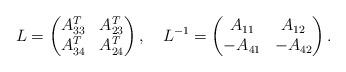
LaTeX: \begin{align*}L=\begin{pmatrix}A_{33}^T & A_{23}^T\\A_{34}^T & A_{24}^T\end{pmatrix}, \ \ \ L^{-1}=\begin{pmatrix}A_{11} & A_{12}\\-A_{41} & -A_{42}\end{pmatrix}.\end{align*}